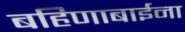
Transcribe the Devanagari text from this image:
बहिणाबाईना